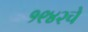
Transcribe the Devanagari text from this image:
१९४२चे